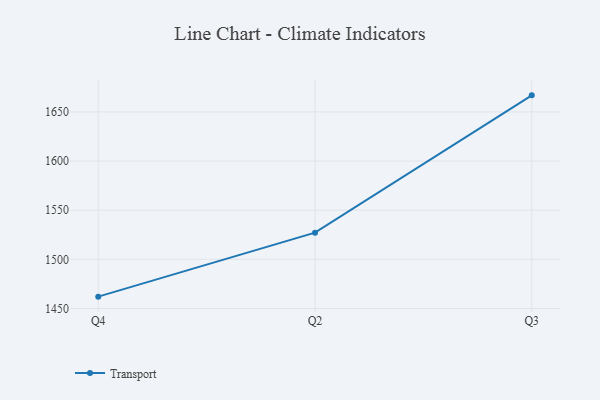
{"axis": {"x": "Quarter", "y": "LTV (USD)"}, "legend": ["Transport"], "data": [{"x": "Q4", "y": 1462.0, "type": "Transport"}, {"x": "Q2", "y": 1527.1, "type": "Transport"}, {"x": "Q3", "y": 1666.9, "type": "Transport"}]}